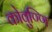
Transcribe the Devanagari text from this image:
कोवुण्णि